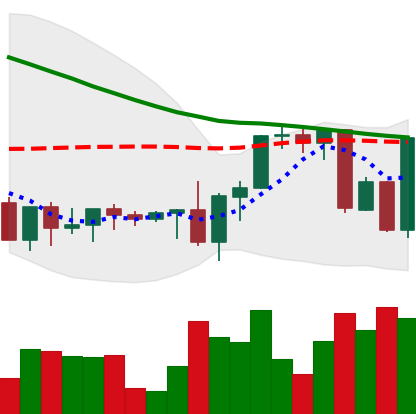
Ticker: XRP-USD
Chart end date: 2022-09-16
Forward return: 11.253%
Label: up_7plus